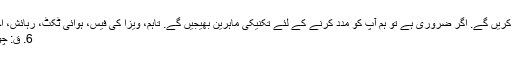
A: ہم آپ کے تفصیلی تفصیلی تصاویر اور ویڈیوز فراہم کریں گے. اگر ضروری ہے تو ہم آپ کو مدد کرنے کے لئے تکنیکی ماہرین بھیجیں گے. تاہم، ویزا کی فیس، ہوائی ٹکٹ، رہائش، اجرت خریداروں کی طرف سے پیدا ہو جائے گی.
6. ق: چونکہ آپ کی کمپنی نے اس پروڈیوسر کو شروع کیا؟